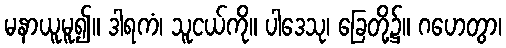
မနာယူမူ၍။ ဒါရကံ၊ သူငယ်ကို။ ပါဒေသု၊ ခြေတို့၌။ ဂဟေတွာ၊